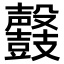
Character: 𪔰